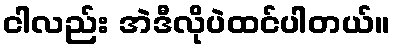
ငါလည်း အဲဒီလိုပဲထင်ပါတယ်။